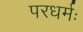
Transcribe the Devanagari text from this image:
परधर्मः